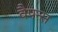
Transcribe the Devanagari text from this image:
वैपन्स